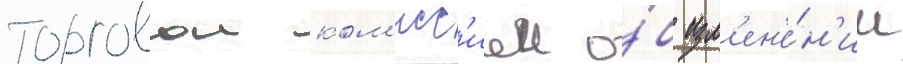
торговои ком'исс'иеи о́б изм'ен'е́н'ии